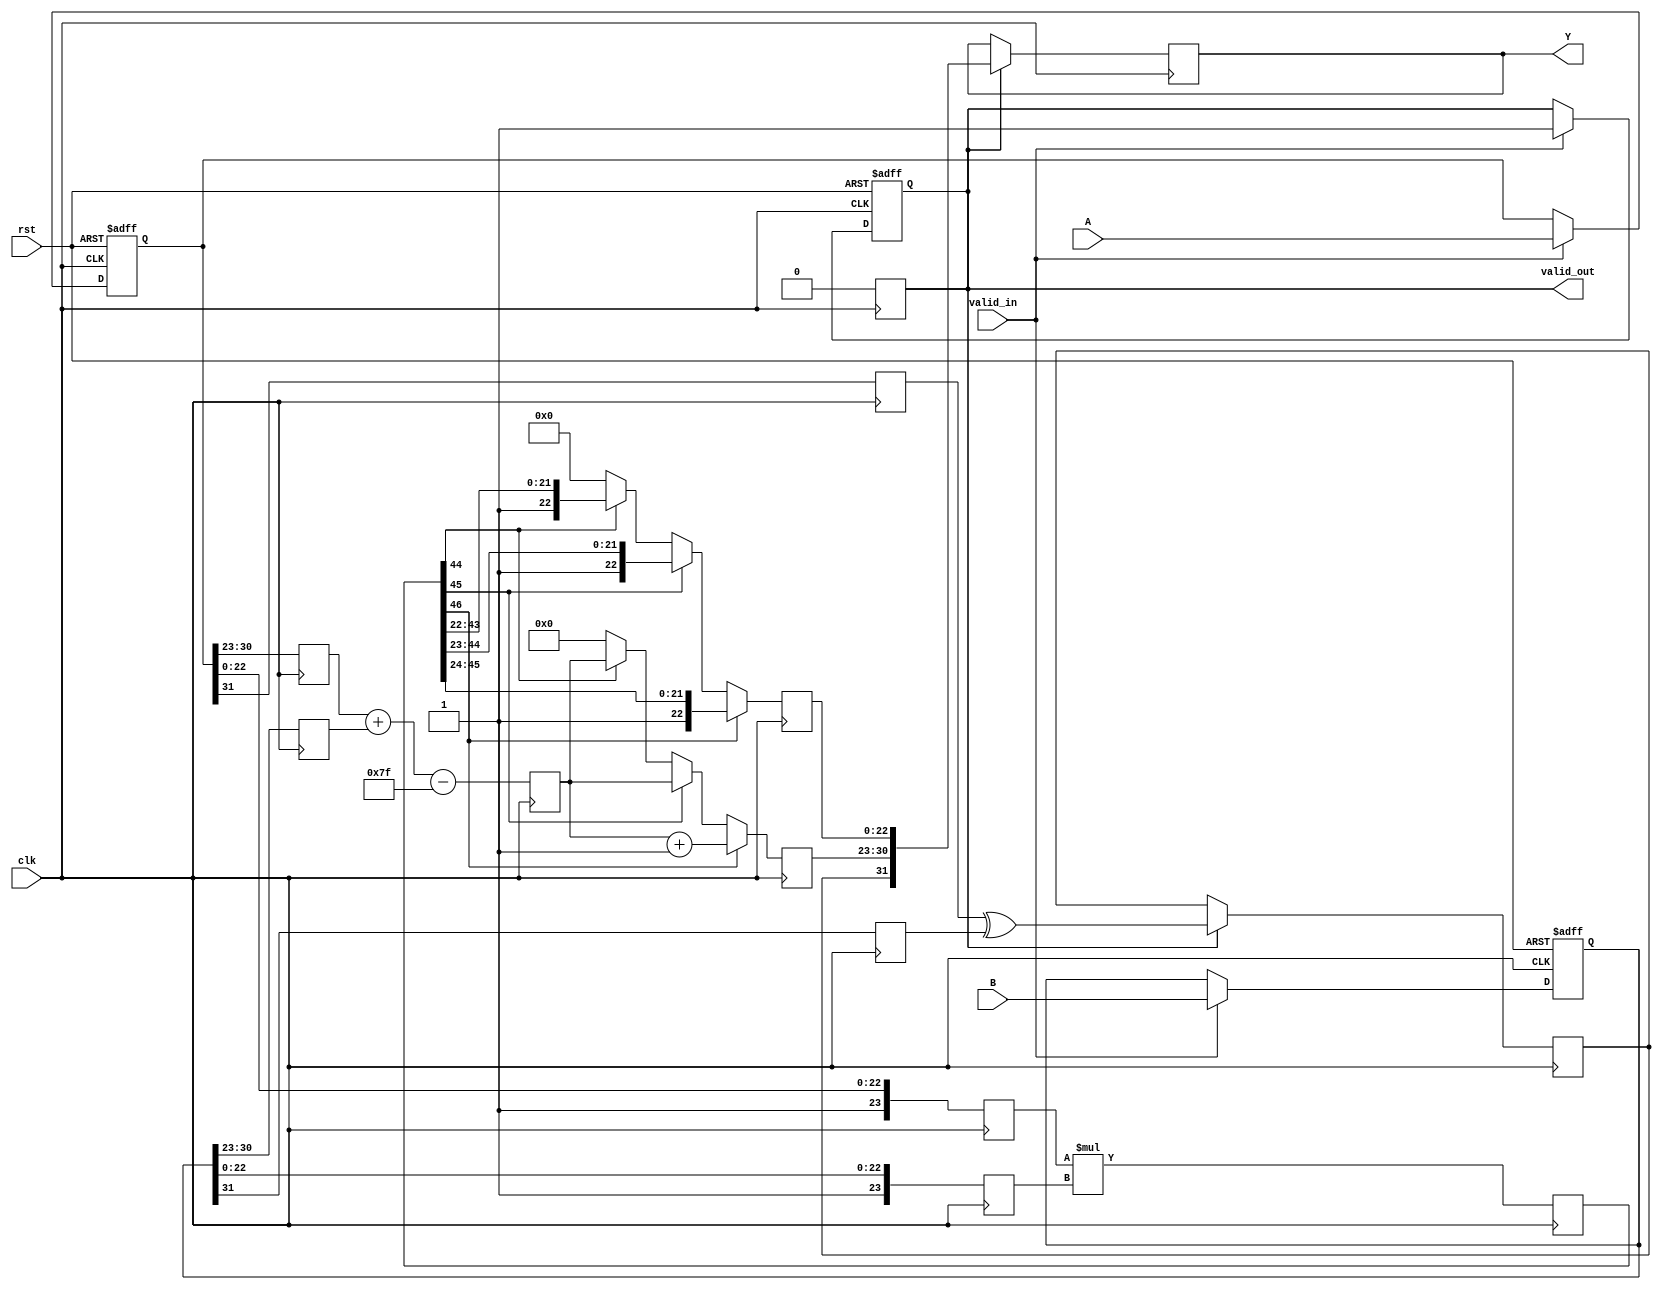
module fp_multiplier (
    input clk,
    input rst,
    input [31:0] A, // Input A (32 bits)
    input [31:0] B, // Input B (32 bits)
    output reg [31:0] Y, // Output Y (32 bits)
    input valid_in,
    output reg valid_out
);

    // Pipeline registers
    reg [31:0] A_reg, B_reg;
    reg [7:0] exp_A, exp_B, exp_sum;
    reg [23:0] mant_A, mant_B, mant_product;
    reg sign_A, sign_B, sign_product;
    reg [46:0] mant_temp; // 23 + 23 bits for mantissa multiplication
    reg [7:0] exp_final;
    reg [23:0] mant_final;
    reg mant_zero;

    // Stage 1: Input registration and decomposition
    always @(posedge clk or posedge rst) begin
        if (rst) begin
            A_reg <= 32'b0;
            B_reg <= 32'b0;
            valid_out <= 1'b0;
        end else if (valid_in) begin
            A_reg <= A;
            B_reg <= B;
            valid_out <= 1'b1;
        end
    end

    // Stage 2: Decompose inputs
    always @(posedge clk) begin
        sign_A <= A_reg[31];
        exp_A <= A_reg[30:23];
        mant_A <= {1'b1, A_reg[22:0]}; // Implicit leading 1

        sign_B <= B_reg[31];
        exp_B <= B_reg[30:23];
        mant_B <= {1'b1, B_reg[22:0]}; // Implicit leading 1
    end

    // Stage 3: Mantissa multiplication
    always @(posedge clk) begin
        mant_temp <= mant_A * mant_B; // 24 * 24 = 48 bits
    end

    // Stage 4: Exponent calculation and normalization
    always @(posedge clk) begin
        exp_sum <= exp_A + exp_B - 8'd127; // Subtract bias
        mant_product <= mant_temp[46:24]; // Take the upper 23 bits
        mant_zero <= (mant_temp == 0);

        // Normalization
        if (mant_temp[46]) begin
            // If overflow, shift right
            mant_final <= mant_temp[46:24];
            exp_final <= exp_sum + 8'd1; // Increment exponent
        end else if (mant_temp[45]) begin
            mant_final <= mant_temp[45:23];
            exp_final <= exp_sum;
        end else if (mant_temp[44]) begin
            mant_final <= mant_temp[44:22];
            exp_final <= exp_sum;
        end else begin
            // Denormalized or zero case
            mant_final <= 0;
            exp_final <= 0;
        end
    end

    // Stage 5: Output registration
    always @(posedge clk) begin
        if (valid_out) begin
            sign_product <= sign_A ^ sign_B; // XOR for sign
            Y <= {sign_product, exp_final, mant_final[22:0]}; // Final output
            valid_out <= 1'b0; // Reset valid out after output
        end
    end

endmodule